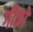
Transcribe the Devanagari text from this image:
गीको